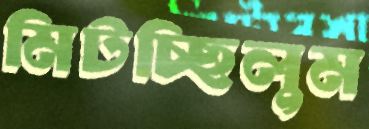
মিটচ্ছিলুম